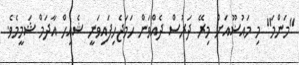
"މަންމަ" މި މައުޟޫއަށް މިރޭ ދަރުސް ދެއްވަން ހަމަޖެހިފައިވަނީ ޝެއިހް އާދަމް ޝަމީމެވެ.